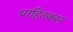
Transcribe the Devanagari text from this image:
परहितकरन